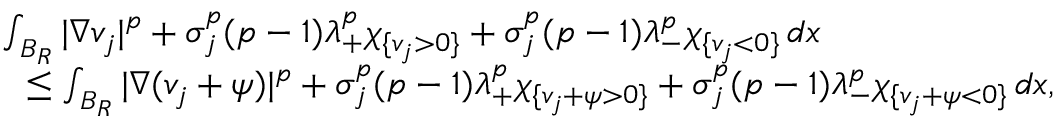
\begin{array} { r l } & { \int _ { B _ { R } } | \nabla v _ { j } | ^ { p } + \sigma _ { j } ^ { p } ( p - 1 ) \lambda _ { + } ^ { p } \chi _ { \{ v _ { j } > 0 \} } + \sigma _ { j } ^ { p } ( p - 1 ) \lambda _ { - } ^ { p } \chi _ { \{ v _ { j } < 0 \} } \, d x } \\ & { \ \ \leq \int _ { B _ { R } } | \nabla ( v _ { j } + \psi ) | ^ { p } + \sigma _ { j } ^ { p } ( p - 1 ) \lambda _ { + } ^ { p } \chi _ { \{ v _ { j } + \psi > 0 \} } + \sigma _ { j } ^ { p } ( p - 1 ) \lambda _ { - } ^ { p } \chi _ { \{ v _ { j } + \psi < 0 \} } \, d x , } \end{array}